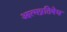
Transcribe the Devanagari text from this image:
आत्मप्रतिषेध